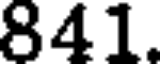
841.